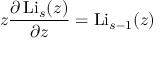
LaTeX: z { \frac { \partial \operatorname { L i } _ { s } ( z ) } { \partial z } } = \operatorname { L i } _ { s - 1 } ( z )